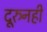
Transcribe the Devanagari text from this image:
दूरुनही